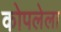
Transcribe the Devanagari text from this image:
कोपलेला